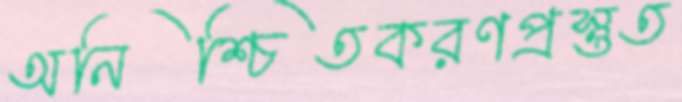
অনিশ্চিতকরণপ্রস্তুত